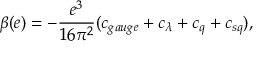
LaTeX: \beta ( e ) = - \frac { e ^ { 3 } } { 1 6 \pi ^ { 2 } } ( c _ { g a u g e } + c _ { \lambda } + c _ { q } + c _ { s q } ) ,